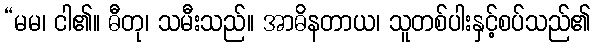
“မမ၊ ငါ၏။ ဓီတု၊ သမီးသည်။ အာဓိနတာယ၊ သူတစ်ပါးနှင့်စပ်သည်၏